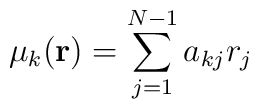
\mu_k({\bf r}) = \sum_{j=1}^{N-1} a_{kj} r_j